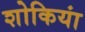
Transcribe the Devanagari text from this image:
शोकियां